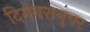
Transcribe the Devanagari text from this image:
दिगंबरानुचर